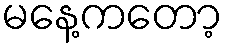
မနေ့ကတော့